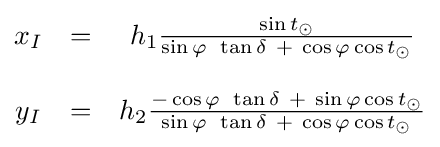
{\begin{matrix}x_{I}&=&h_{1}{\frac {\sin t_{\odot }}{\sin \varphi \ \operatorname {tan} \delta \ +\ \cos \varphi \cos t_{\odot }}}\\\ &\ &\ \\y_{I}&=&h_{2}{\frac {-\cos \varphi \ \operatorname {tan} \delta \ +\ \sin \varphi \cos t_{\odot }}{\sin \varphi \ \operatorname {tan} \delta \ +\ \cos \varphi \cos t_{\odot }}}\end{matrix}}